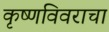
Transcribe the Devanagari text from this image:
कृष्णविवराचा